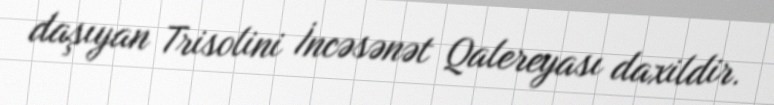
daşıyan Trisolini İncəsənət Qalereyası daxildir.